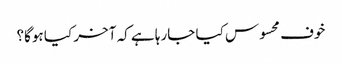
خوف محسوس کیا جارہا ہے کہ آخر کیا ہوگا؟